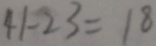
4 1 - 2 3 = 1 8